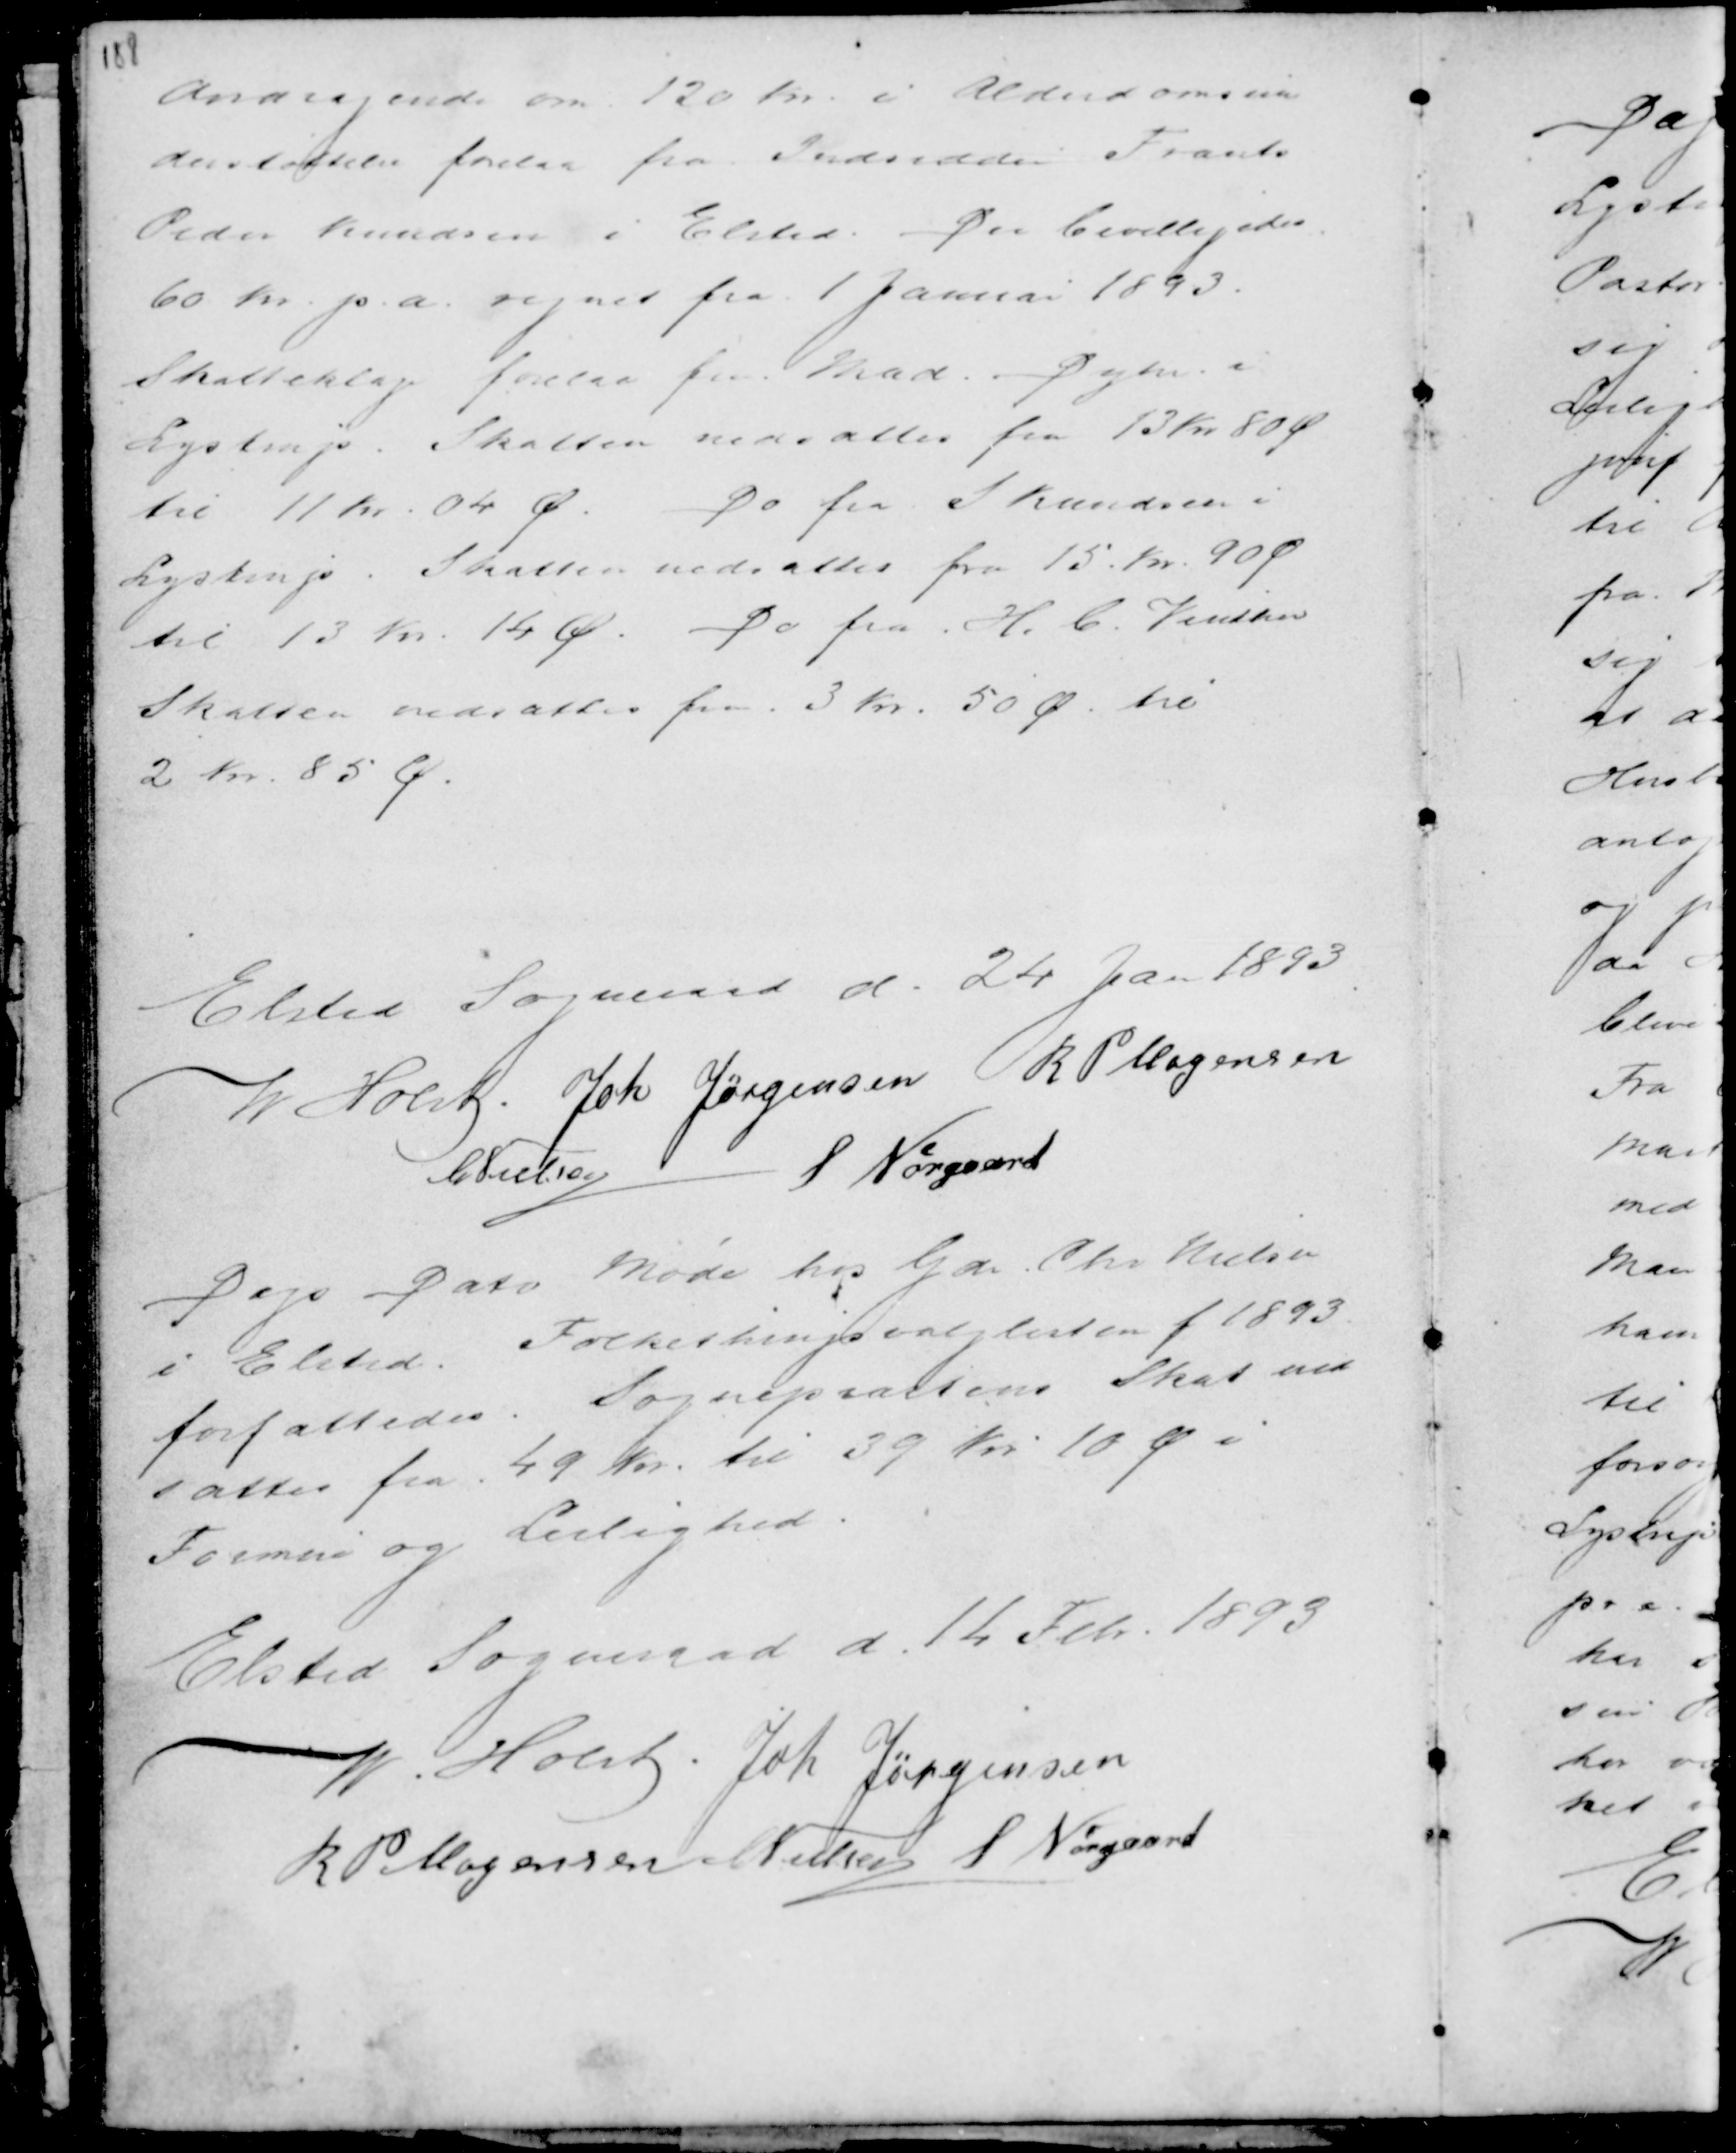
Transskription:
Andragende om 120 Kr i Alderdomsun
derstøttelse forelaa fra Indsedder Frants
Peder Knudsen i Elsted. Der bevilligedes
60 Kr p.a. regnet fra 1 Januar 1893.
Skatteklage forelaa fra Mad. Dyhr i
Lystrup. Skatten nedsattes fra 12 Kr 80 Ø
til 11 Kr 04 Ø. Do fra S. Knudsen i
Lystrup. Skatten nedsattes fra 15 kr 90 Ø
til 13 Kr 14 Ø. Do fra H. C. Vinther
Skatten nedsattes fra 3 Kr 50 Ø til
2 Kr 85 Ø.

Elsted Sogneraad d. 24 Jan 1892
M Holst . Joh Jørgensen R P Mogensen
C Nielsen S Nørgaard

Dags Dato Møde hos Gdr Chr Nielsen
i Elsted. Folkethingslisten f 1893
forfattedes. Sognepræstens Skat ned
sattes fra 49 Kr. til 39 Kr. 10 Ø i
Formue og Lejlighed.

Elsted Sogneraad d. 14 Feb. 1893
M. Holst . Joh Jørgensen
R P Mogensen C Nielsen S Nørgaard